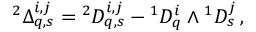
{ } ^ { 2 } \Delta _ { q , s } ^ { i , j } = { } ^ { 2 } D _ { q , s } ^ { i , j } - { } ^ { 1 } D _ { q } ^ { i } \wedge { } ^ { 1 } D _ { s } ^ { j } \, ,